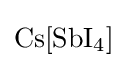
{\mathrm {Cs} [\mathrm {SbI} {\vphantom {A}}_{\smash[{t}]{4}}]}